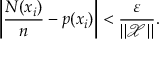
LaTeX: \left| { \frac { N ( x _ { i } ) } { n } } - p ( x _ { i } ) \right| < { \frac { \varepsilon } { \| { \mathcal { X } } \| } } .